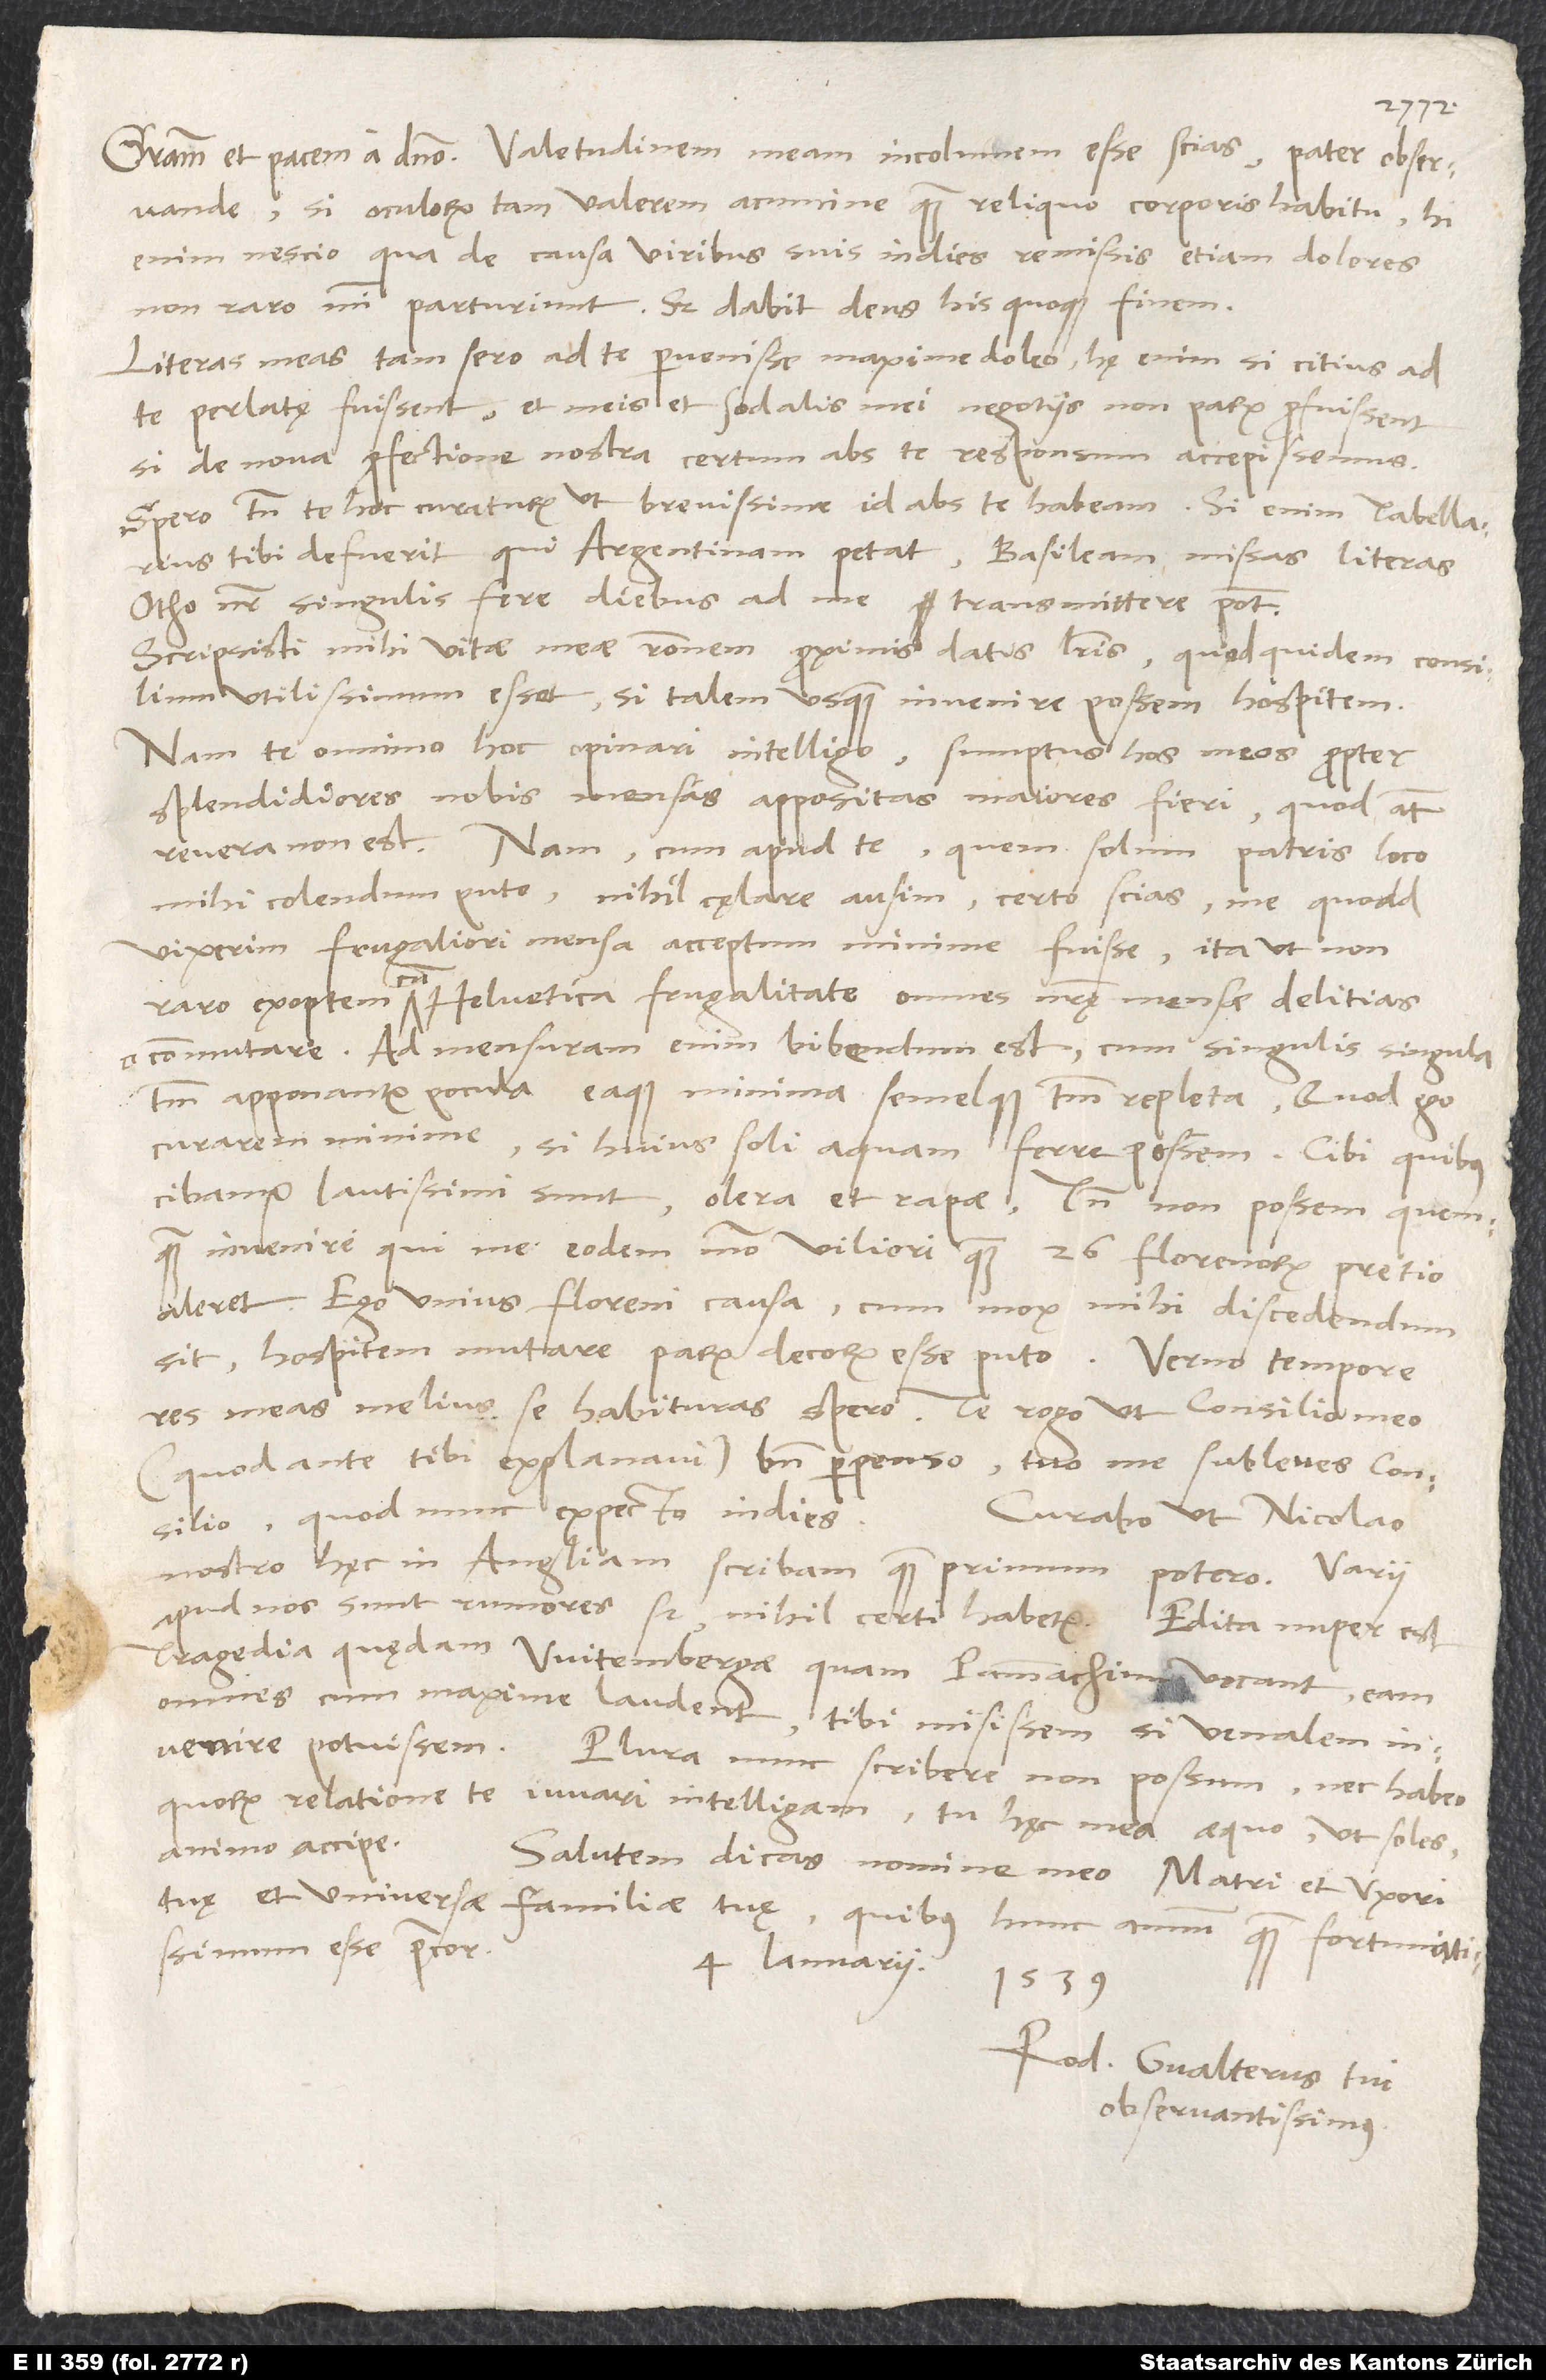
si oculorum tam valerem acumine quam reliquo corporis habitu; hi
enim nescio qua de causa viribus suis indies remissis etiam dolores
Literas meas tam sero ad te pervenisse maxime doleo; hę enim si citius ad
te perlatę fuissent, et meis et sodalis mei negotiis non parum profuissent,
si de nova profectione nostra certum abs te responsum accepissemus.
Spero tamen te hoc curaturum, ut brevissime id abs te habeam. Si enim tabellarius
tibi defuerit, qui Argentinam petat, Basileam missas literas
Otho noster singulis fere diebus ad me transmittere potest.
Scripsisti mihi vitae meae rationem proximis datis literis, quod quidem consilium
utilissimum esset, si talem usquam invenire possem hospitem.
Nam te omnino hoc opinari intelligo, sumptus hos meos propter
splendidiores nobis mensas appositas maiores fieri, quod autem
revera non est. Nam cum apud te, quem solum patris loco
mihi colendum puto, nihil cęlare ausim, certo scias me, quoad
vixerim, frugaliori mensa acceptum minime fuisse, ita ut non
exoptem cum Helvetica frugalitate omnes nostrę mensae delitias
commutare. Ad mensuram enim bibendum est, cum singulis singula
tantum apponantur pocula eaque minima semelque tantum repleta, quod ego
curarem minime, si huius soli aquam ferre possem. Cibi, quibus
cibamur, lautissimi sunt, olera et rapae. Tamen non possem quemquam
invenire, qui me eodem modo viliori quam 26 florenorum pretio
aleret. Ego unius floreni causa, cum mox mihi discedendum
sit, hospitem mutare parum decorum esse puto. Verno tempore
res meas melius se habituras spero. Te rogo, ut consilio meo
(quod ante tibi explanavi) bene perpenso tuo me subleves consilio,
quod nunc expecto indies.
Curabo, ut Nicolao
nostro hęc in Angliam scribam, quam primum potero.
apud nos sunt rumores, sed nihil certi habetur. Edita nuper est
tragedia quędam Witembergae, quam Pammachium vocant; eam
omnes cum maxime laudent, tibi misissem, si venalem
invenire potuissem. Plura nunc scribere non possum nec habeo,
quorum relatione te iuvari intelligam. Tu hęc mea aequo, ut soles,
animo accipe.
Salutem dicas nomine meo matri et uxori
tuę et universae familiae tuę, quibus hunc annum quam fortunatissimum
esse precor.
4. ianuarii
1539.
Rod. Gvalterus, tui
observantissimus.